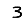
Digit: 3